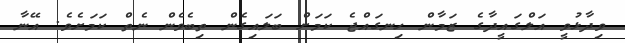
ވިދާޅުވީ އަލްގައީދާގެ ޒަމާން ހިނގައްޖެ ކަމަށް ބަލައިގެން ތިބެވެން ނެތް ކަމަށެވެ. އޭނާ